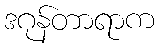
ဒဂုန်တာရာက